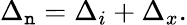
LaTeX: \Delta_{\mathtt{n}}=\Delta_{i}+\Delta_{x}.